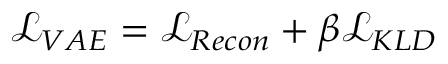
\begin{array} { r } { \mathcal { L } _ { V A E } = \mathcal { L } _ { R e c o n } + \beta \mathcal { L } _ { K L D } } \end{array}